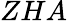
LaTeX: ZHA